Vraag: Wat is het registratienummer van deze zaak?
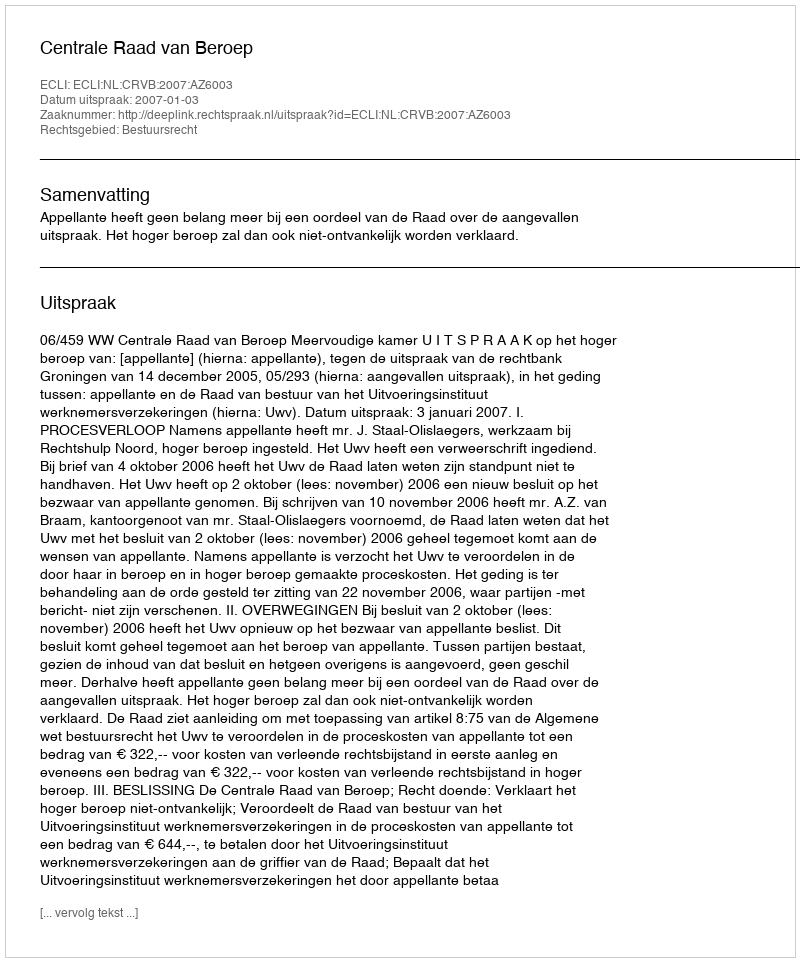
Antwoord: http://deeplink.rechtspraak.nl/uitspraak?id=ECLI:NL:CRVB:2007:AZ6003